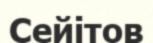
Сейітов